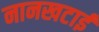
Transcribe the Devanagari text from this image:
नानखटाई